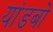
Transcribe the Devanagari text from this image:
यांडबो